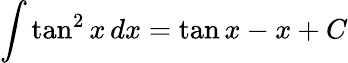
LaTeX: \int\tan^{2}x\, dx=\tan x-x+C